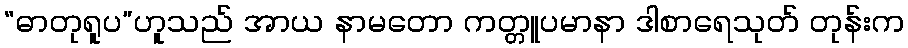
“ဓာတုရူပ”ဟူသည် အာယ နာမတော ကတ္တူပမာနာ ဒါစာရေသုတ် တုန်းက